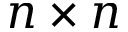
n \times n